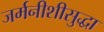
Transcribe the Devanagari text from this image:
जर्मनीशीसुद्धा